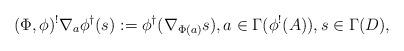
LaTeX: \begin{align*} (\Phi,\phi)^!\nabla_{a}\phi^{\dagger}(s):=\phi^{\dagger}(\nabla_{\Phi(a)}s), a \in \Gamma(\phi^!(A)), s \in \Gamma(D), \end{align*}